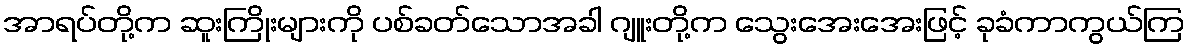
အာရပ်တို့က ဆူးကြိုးများကို ပစ်ခတ်သောအခါ ဂျူးတို့က သွေးအေးအေးဖြင့် ခုခံကာကွယ်ကြ